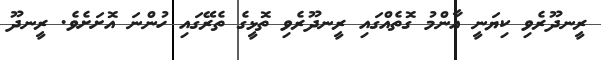
ރީނދޫރެވި ކިޔަނީ އާންމު ގޮތެއްގައި ރީނދޫރެވި ތޮޅީގެ ތެރޭގައި ހުންނަ އޮށަށެވެ. ރީނދޫ